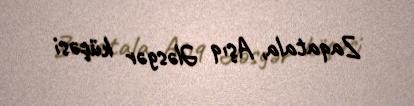
Zaqatala, Aşıq Ələsgər küçəsi